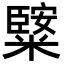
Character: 𥼿